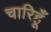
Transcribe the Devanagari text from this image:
चारिहूँ